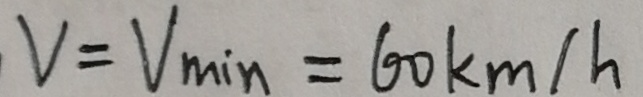
V = V _ { \min } = 6 0 k m / h